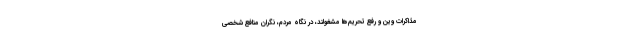
مذاکرات وین و رفع تحریم‌ها مشغولند، در نگاه مردم، نگران منافع شخصی